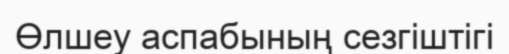
Өлшеу аспабының сезгіштігі